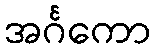
အင်္ဂကော